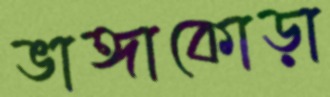
ভাঙ্গাকোড়া